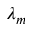
\lambda _ { m }